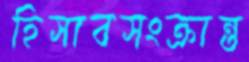
হিসাবসংক্রান্ত